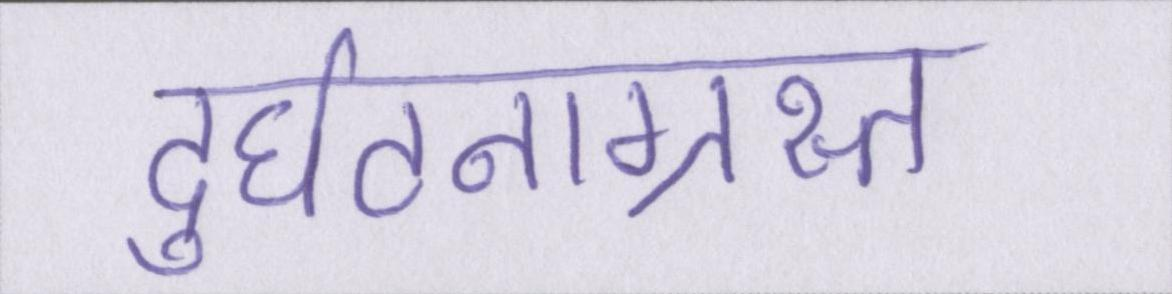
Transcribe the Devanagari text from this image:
दुर्घटनाग्रस्त